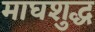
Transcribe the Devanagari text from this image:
माघशुद्ध